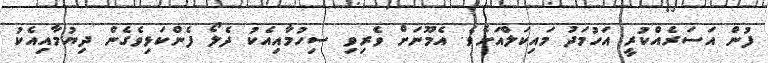
ފުން އަސަރެއްކުރީ އަހުމަދު މައިކަލްއަށެވެ. އެމޫނަށް ވެރިވި ސިހުމާއިއެކު ދެލޯ ފެންކަޅިވެގެން ދިޔުމާއިއެކު